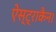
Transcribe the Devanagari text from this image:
ऐस्ट्राकैन।